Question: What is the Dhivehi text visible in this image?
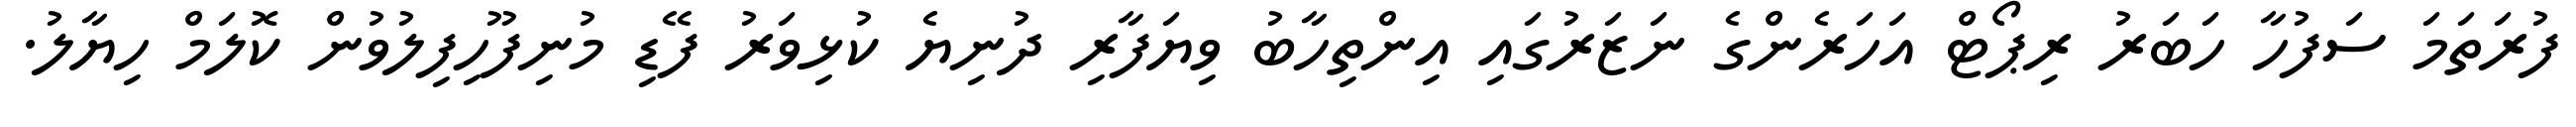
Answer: ފުރަތަމަ ސަފުހާ ހަބަރު ރިޕޯޓް އަހަރެންގެ ނަޒަރުގައި އިންތިހާބު ވިޔަފާރި ދުނިޔެ ކުޅިވަރު ފޭޑި މުނިފޫހިފިލުވުން ކޮލަމް ހިޔާލު.